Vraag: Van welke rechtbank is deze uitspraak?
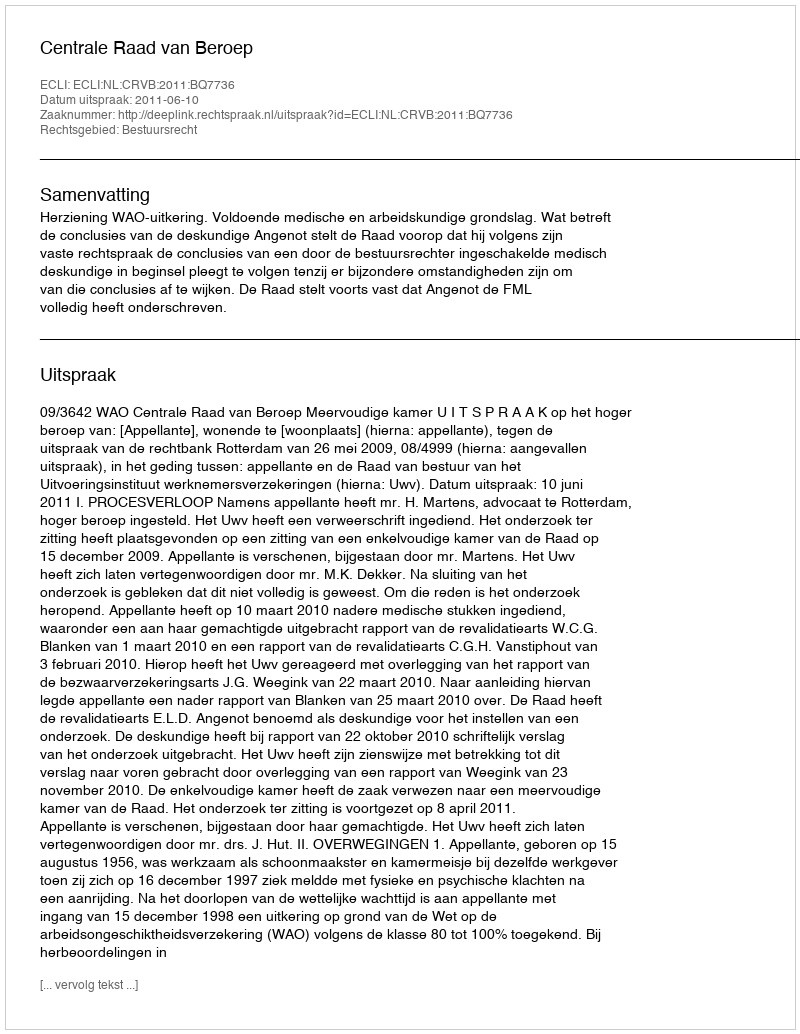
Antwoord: Centrale Raad van Beroep